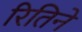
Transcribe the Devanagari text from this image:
रितिने